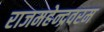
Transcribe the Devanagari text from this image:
राजमहेन्द्रवरम